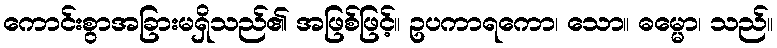
ကောင်းစွာအခြားမရှိသည်၏ အဖြစ်ဖြင့်။ ဥပကာရကော၊ သော။ ဓမ္မော၊ သည်။